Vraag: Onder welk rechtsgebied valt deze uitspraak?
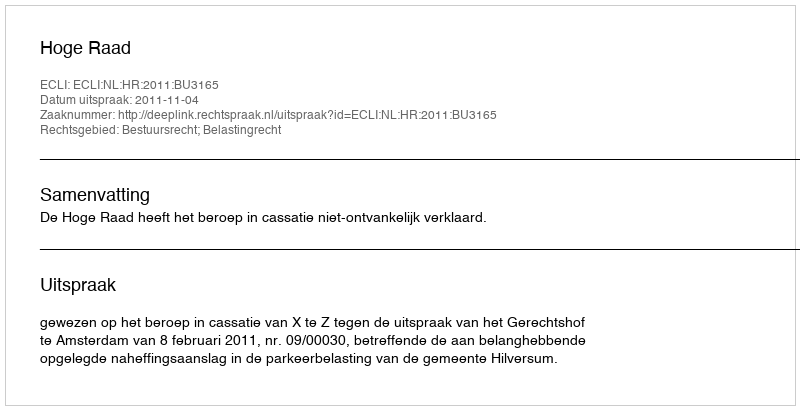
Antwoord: Bestuursrecht; Belastingrecht